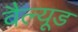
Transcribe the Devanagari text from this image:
वैल्यूड